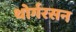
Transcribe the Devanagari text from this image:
थोर्गरसन